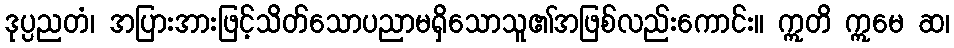
ဒုပ္ပညတံ၊ အပြားအားဖြင့်သိတ်သောပညာမရှိသောသူ၏အဖြစ်လည်းကောင်း။ ဣတိ ဣမေ ဆ၊